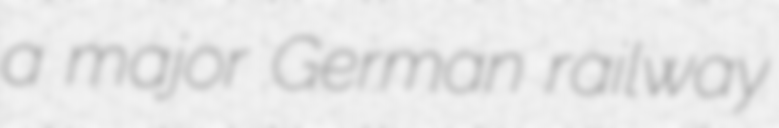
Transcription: a major German railway